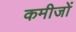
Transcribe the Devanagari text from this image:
कमीजों